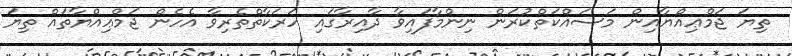
ތިޔަ ޖަމްޢިއްޔާއިން މަސައްކަތްކުރަން ނިންމާފައިވާ ދާއިރާގައި ހަރަކާތްތެރިވާ އެހެން ޖަމްޢިއްޔާތައް ތިޔަ